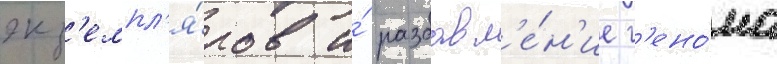
экз'емпл'я́ров и́ разбавл'е́н'ие г'ено́ма